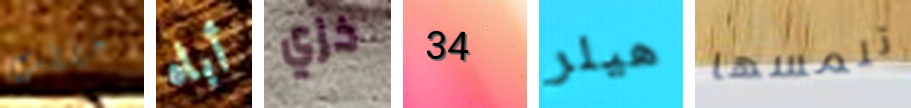
خططت أباه خزي 34 هيلر تلمسها